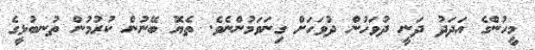
މީހުންގެ އަދަދު ދަނީ ދުވަހުން ދުވަހަށް ގިނަވަމުންނެވެ. ތެޔޮ ބޭނުން ކުރުމުން ތުނބުޅީގެ